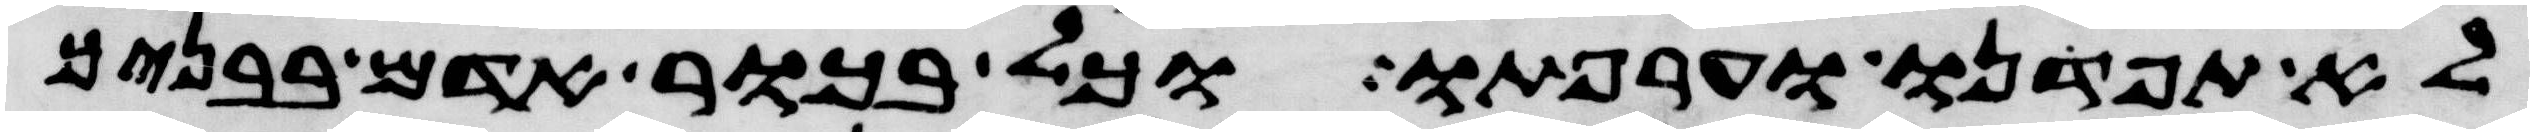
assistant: לא תפדנו וערפתו וכל בכור אדם בבניך